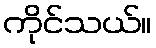
ကိုင်သယ်။